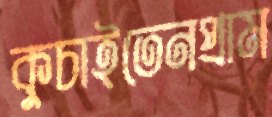
কুচাইতেনপ্রাম